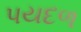
પયદળ